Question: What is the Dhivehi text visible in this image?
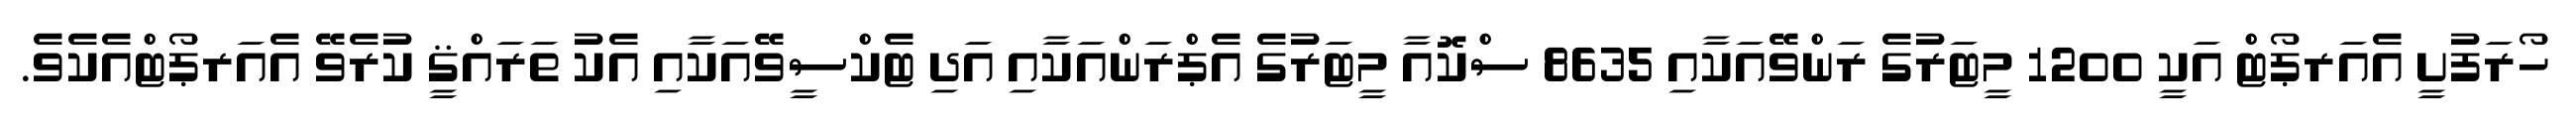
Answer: ހޯރަފުށީ އެއަރޕޯޓް އަކީ 1200 މީޓަރުގެ ރަންވޭއަކާއި 8635 ސްކޮއާ މީޓަރުގެ އެޕްރަންއަކާއި އަދި ޓެކްސީވޭއަކާއި އެކު ތަރައްޤީ ކުރެވޭ އެއަރޕޯޓްއެކެވެ.